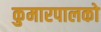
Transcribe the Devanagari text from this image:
कुमारपालको